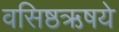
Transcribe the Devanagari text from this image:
वसिष्ठऋषये